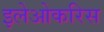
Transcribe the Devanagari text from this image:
इलेओकरिस